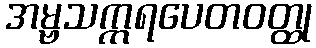
အမ္ဗသက္ကရပေတဝတ္ထု